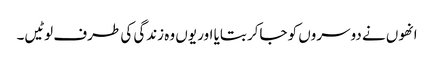
انھوں نے دوسروں کو جاکر بتایا اور یوں وہ زندگی کی طرف لوٹیں۔